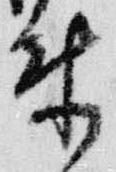
来